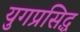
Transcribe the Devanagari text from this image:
युगप्रसिद्ध